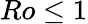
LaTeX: Ro\leq 1